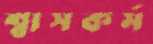
শ্বাসকর্ম